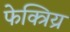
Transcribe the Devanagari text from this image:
फेक्त्रिय्र